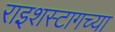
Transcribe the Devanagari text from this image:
राइशस्टागच्या